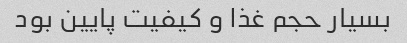
بسیار حجم غذا و کیفیت پایین بود